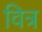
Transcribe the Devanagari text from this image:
वित्र